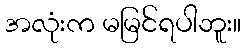
အလုံးက မမြင်ရပါဘူး။